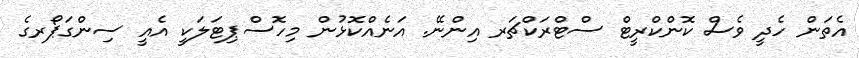
އެތަން ހެދީ ވެސް ކޮންކްރީޓް ސްޓްރަކްޗަރ އިންނޭ. އަނެއްކޮޅުން މިހޮސްޕިޓަލަކީ އެއީ ސިންގަޕޯރގެ